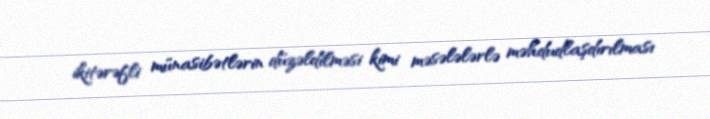
ikitərəfli münasibətlərin düzəldilməsi kimi məsələlərlə məhdudlaşdırılması